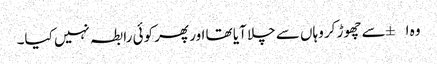
وہ ا±سے چھوڑ کر وہاں سے چلا آیا تھا اور پھر کوئی رابطہ نہیں کیا۔